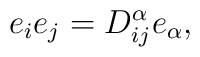
e_ie_j=D_{ij}^\alpha e_\alpha ,